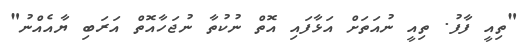
"ތިއީ ފާފު. ތިއީ ނުއަތަށް އަޅާފައި އޮތް ނުކުތާ ނުޖަހާއޮތް އަރަބި ޔާއެއްނު"